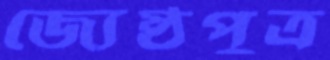
জ্যেষ্ঠপুত্র